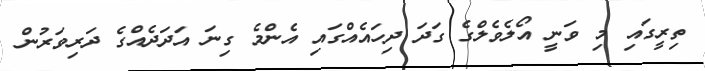
ތިރީގައި މި ވަނީ އޯލެެވެލްގެ ގަދަ ދިހައެއްގައި އެންމެ ގިނަ އަދަދެއްގެ ދަރިވަރުން